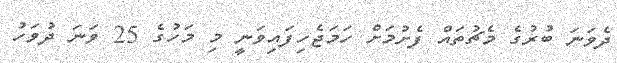
ދެވަނަ ބުރުގެ މެޗުތައް ފެށުމަށް ހަމަޖެހިފައިވަނީ މި މަހުގެ 25 ވަނަ ދުވަހު